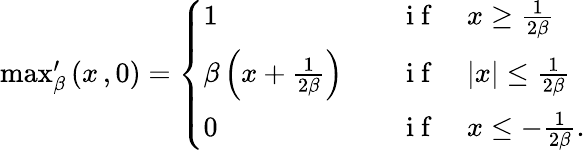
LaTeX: \begin{array}{r}{\operatorname*{max}_{\beta}^{\prime}\left(x\, ,0\right)=\left\{ \begin{array}{ll}{1}&{\quad\mathrm{~i~f~}\quad x\ge\frac{1}{2\beta}}\\ {\beta\left(x+\frac{1}{2\beta}\right)}&{\quad\mathrm{~i~f~}\quad|x|\le\frac{1}{2\beta}}\\ {0}&{\quad\mathrm{~i~f~}\quad x\le-\frac{1}{2\beta}.}\end{array}\right.}\end{array}